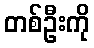
တစ်ဦးကို